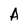
Character: A